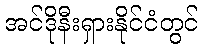
အင်ဒိုနီးရှားနိုင်ငံတွင်